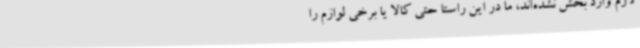
لازم وارد بخش نشده‌اند، ما در این راستا حتی کالا یا برخی لوازم را